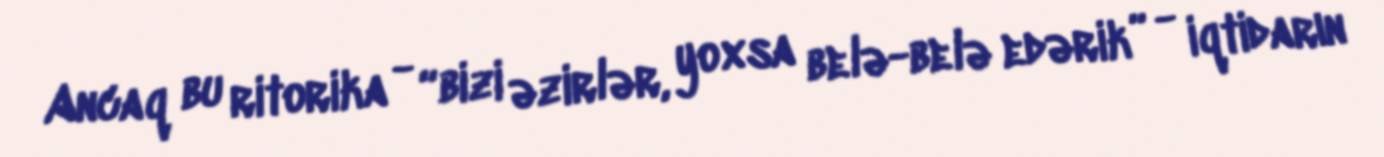
Ancaq bu ritorika - “bizi əzirlər, yoxsa belə-belə edərik” - iqtidarın